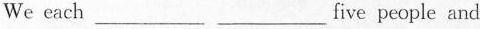
We each ___five people and